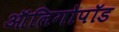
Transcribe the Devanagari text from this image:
ऑलिगोपॉड